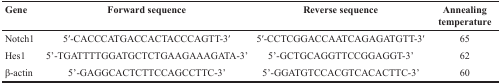
<table><thead><tr><td><b>Gene</b></td><td><b>Forward sequence</b></td><td><b>Reverse sequence</b></td><td><b>Annealing temperature</b></td></tr></thead><tbody><tr><td>Notch1</td><td>5′-CACCCATGACCACTACCCAGTT-3′</td><td>5′-CCTCGGACCAATCAGAGATGTT-3′</td><td>65</td></tr><tr><td>Hes1</td><td>5’-TGATTTTGGATGCTCTGAAGAAAGATA-3’</td><td>5’-GCTGCAGGTTCCGGAGGT-3’</td><td>62</td></tr><tr><td>β-actin</td><td>5’-GAGGCACTCTTCCAGCCTTC-3’</td><td>5’-GGATGTCCACGTCACACTTC-3’</td><td>60</td></tr></tbody></table>